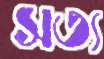
সত্য